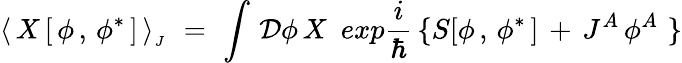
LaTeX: \langle\, X\, [\, \phi\, ,\, \phi^{\ast}\, ]\, \rangle_{_J}\, \, =\, \, \int\, {\cal D}\phi\, X\, \, \, exp{\frac{i}{\hbar}}\, \{ S[\phi\, ,\, \phi^{\ast}\, ]\, +\, J^{A}\, \phi^{A}\, \, \}